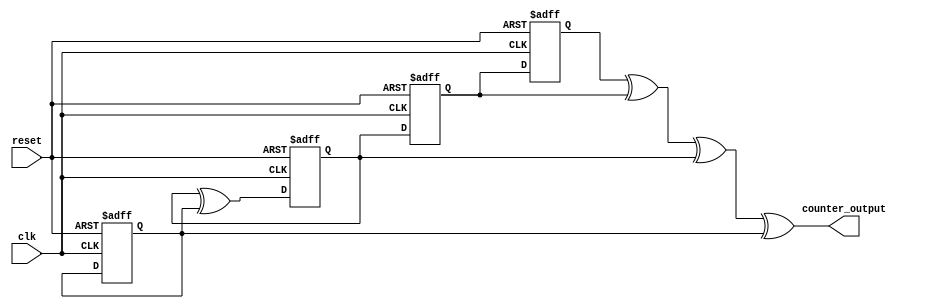
module johnson_gray_counter(
    input wire clk,
    input wire reset,
    output reg [3:0] counter_output
);

reg [3:0] d_ff1, d_ff2, d_ff3, d_ff4;

always @(posedge clk or posedge reset) begin
    if(reset) begin
        d_ff1 <= 4'b0001;
        d_ff2 <= 4'b0011;
        d_ff3 <= 4'b0111;
        d_ff4 <= 4'b1111;
    end else begin
        d_ff1 <= d_ff2;
        d_ff2 <= d_ff3;
        d_ff3 <= d_ff3 ^ d_ff4;
        d_ff4 <= d_ff4;
    end
end

assign counter_output = d_ff1 ^ d_ff2 ^ d_ff3 ^ d_ff4;

endmodule